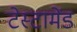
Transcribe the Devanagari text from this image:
टेस्टामेंड